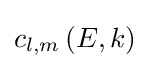
{c_{l,m}}\left({E,k}\right)